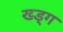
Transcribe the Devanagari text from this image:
ख्ड्ग